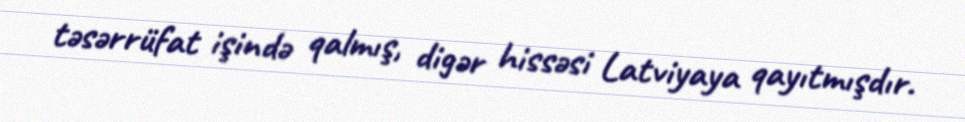
təsərrüfat işində qalmış, digər hissəsi Latviyaya qayıtmışdır.